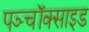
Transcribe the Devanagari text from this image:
पञ्चॉक्साइड